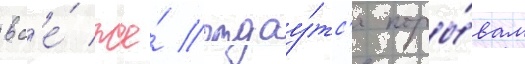
вс'е́ же́ отдау́тс'я поры́вам